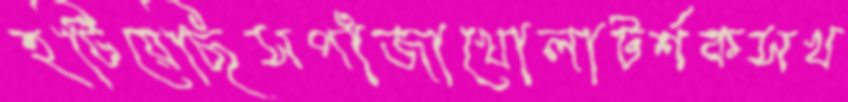
হটিয়েছিসপাঁজাখোলাটর্শকসখ